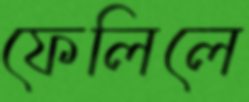
ফেলিলে